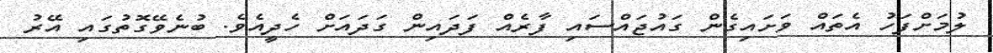
ލުމަށްފަހު އެތައް ވަށައިގެން ގައުޖައްސައި ފާރެއް ފަދައިން ގަދައަށް ހެދީއެވެ. ބުނެވޭގޮތުގައި އޭރު